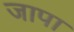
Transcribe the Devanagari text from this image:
जापा